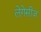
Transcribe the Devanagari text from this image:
लेगेसीज़